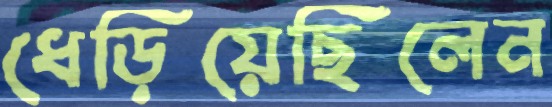
ধেড়িয়েছিলেন